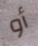
أو